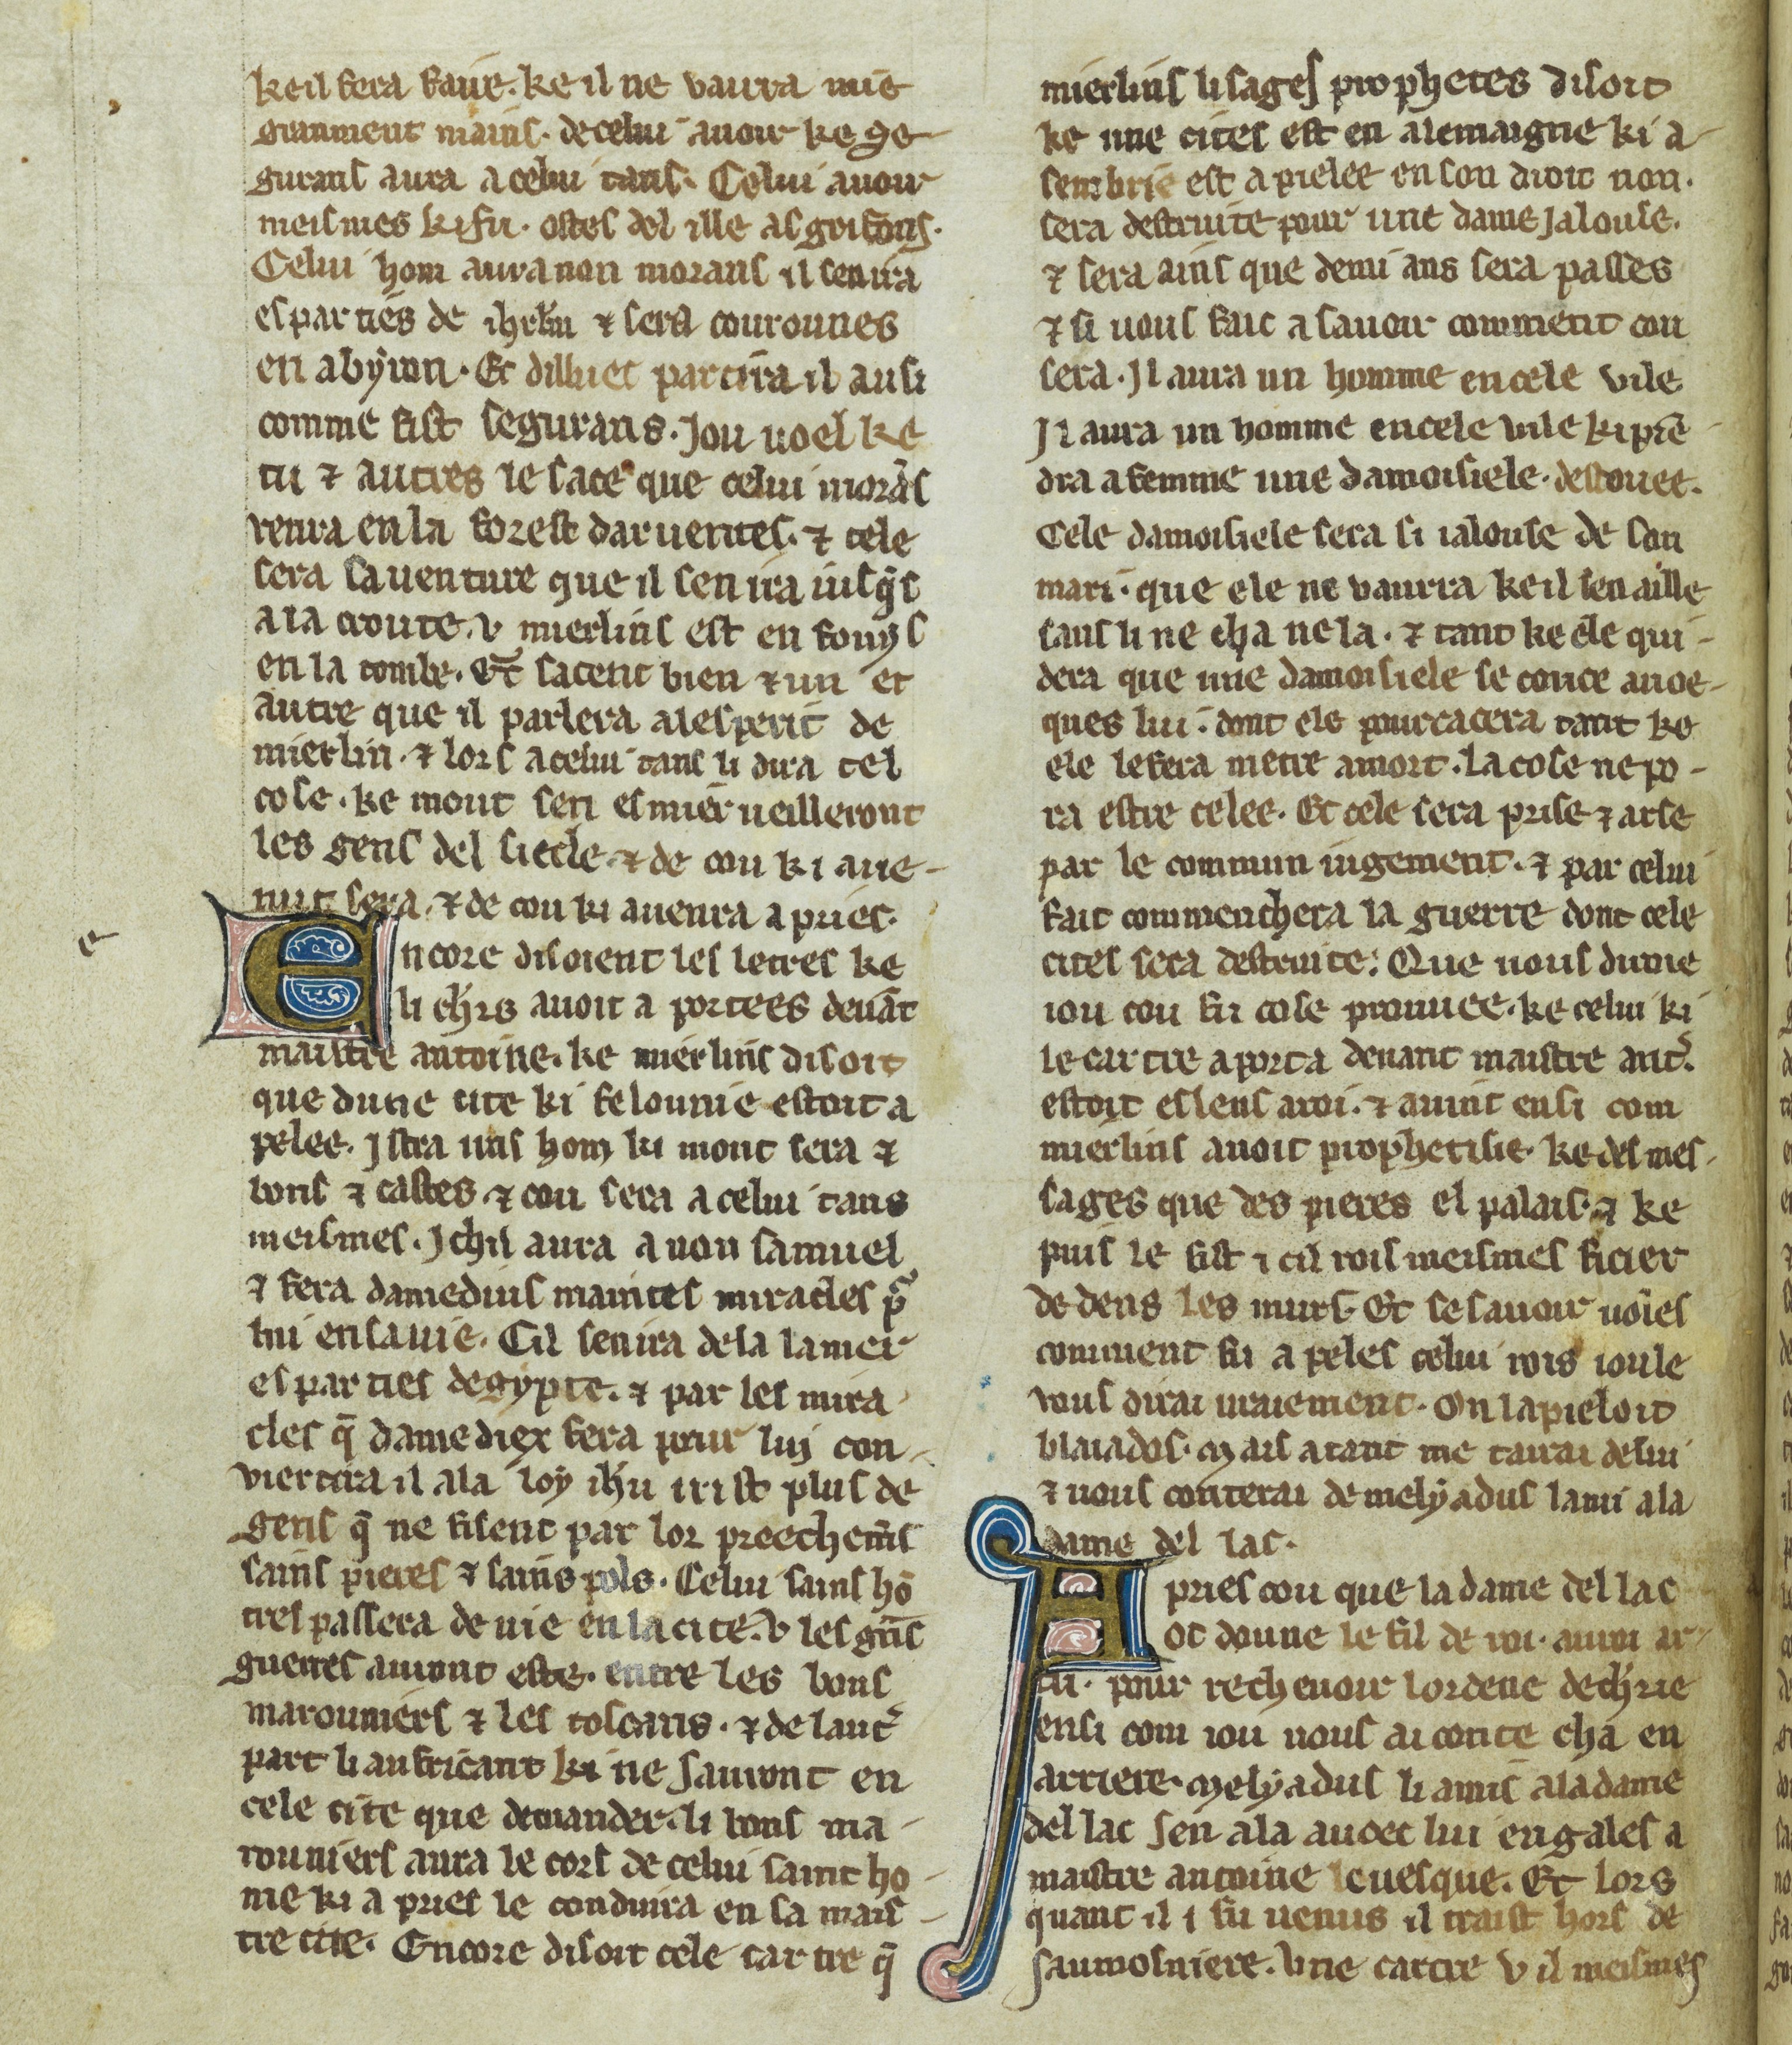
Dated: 1300–1330